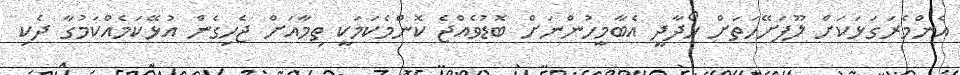
އެންމެރަގަޅަކަށް ލޫފަށޭހަތަށް ހޯދާދީ އެބާމީހުންނަށް ބޮޑުވެއްޖެ ކޮންމެކަމަކީ ތިމާއަށް ޖެހިގެން އުޅޭކަމެއްކަމުގާ ދެކި